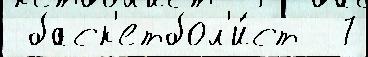
 баск'етбол'и́ст  7